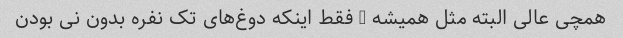
همچی عالی البته مثل همیشه … فقط اینکه دوغ‌های تک نفره بدون نی بودن